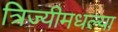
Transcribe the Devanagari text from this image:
त्रिज्यीमधल्या